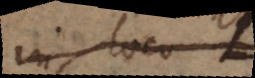
in loco L